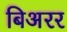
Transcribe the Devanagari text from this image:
बिअरर